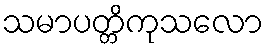
သမာပတ္တိကုသလော